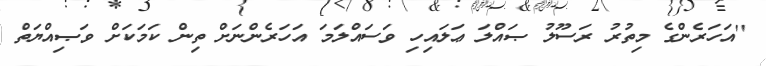
''އަހަރެންގެ މިތުރު ރަސޫލު ޞައްލަ ޢަލައިހި ވަސައްލަމަ އަހަރެންނަށް ތިން ކަމަކަށް ވަޞިއްޔަތް